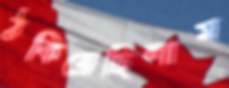
ঠকিয়েছিলাম